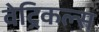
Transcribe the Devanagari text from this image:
वेट्रिकल्स